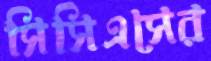
সিসিএসের